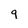
Character: 9